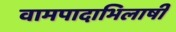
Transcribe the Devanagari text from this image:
वामपादाभिलाषी